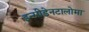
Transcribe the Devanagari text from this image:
इन्सीडेनटालोमा